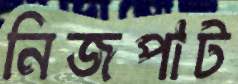
নিজপাট